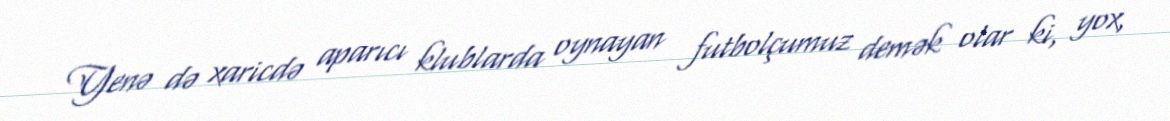
Yenə də xaricdə aparıcı klublarda oynayan futbolçumuz demək olar ki, yox,